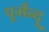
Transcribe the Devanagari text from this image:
पूर्गेन्दू